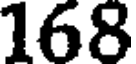
168